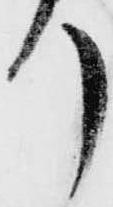
り